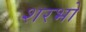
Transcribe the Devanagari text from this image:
शरभो